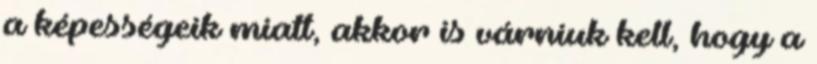
a képességeik miatt, akkor is várniuk kell, hogy a